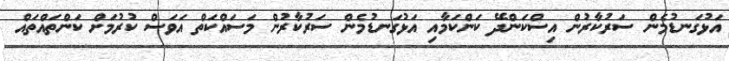
އަޅުގަނޑުމެން ސަރުކާރުން އިސްކަންދޭ ކަންކަމާއި އަޅުގަނޑުމެން ސަރުކާރުން މަސައްކަތް އަވަސް ކުރުމަށް ކަންތައްތައް